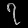
Digit: ၇